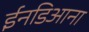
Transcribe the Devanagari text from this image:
ईनडिआना